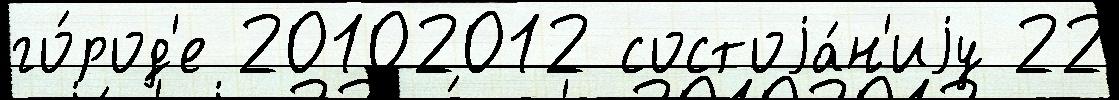
го́род'е 20102012 состоjа́н'иjу 22